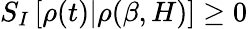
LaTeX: S_{I}\left[\rho(t)|\rho(\beta,H)\right]\ge 0